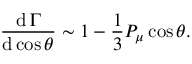
{ \frac { \operatorname { d } \Gamma } { \operatorname { d } \cos \theta } } \sim 1 - { \frac { 1 } { 3 } } P _ { \mu } \cos \theta .